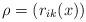
LaTeX: \begin{align*}\rho=(r_{ik}(x))\end{align*}